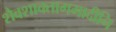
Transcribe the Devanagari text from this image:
शैवशाक्तागमादीनि